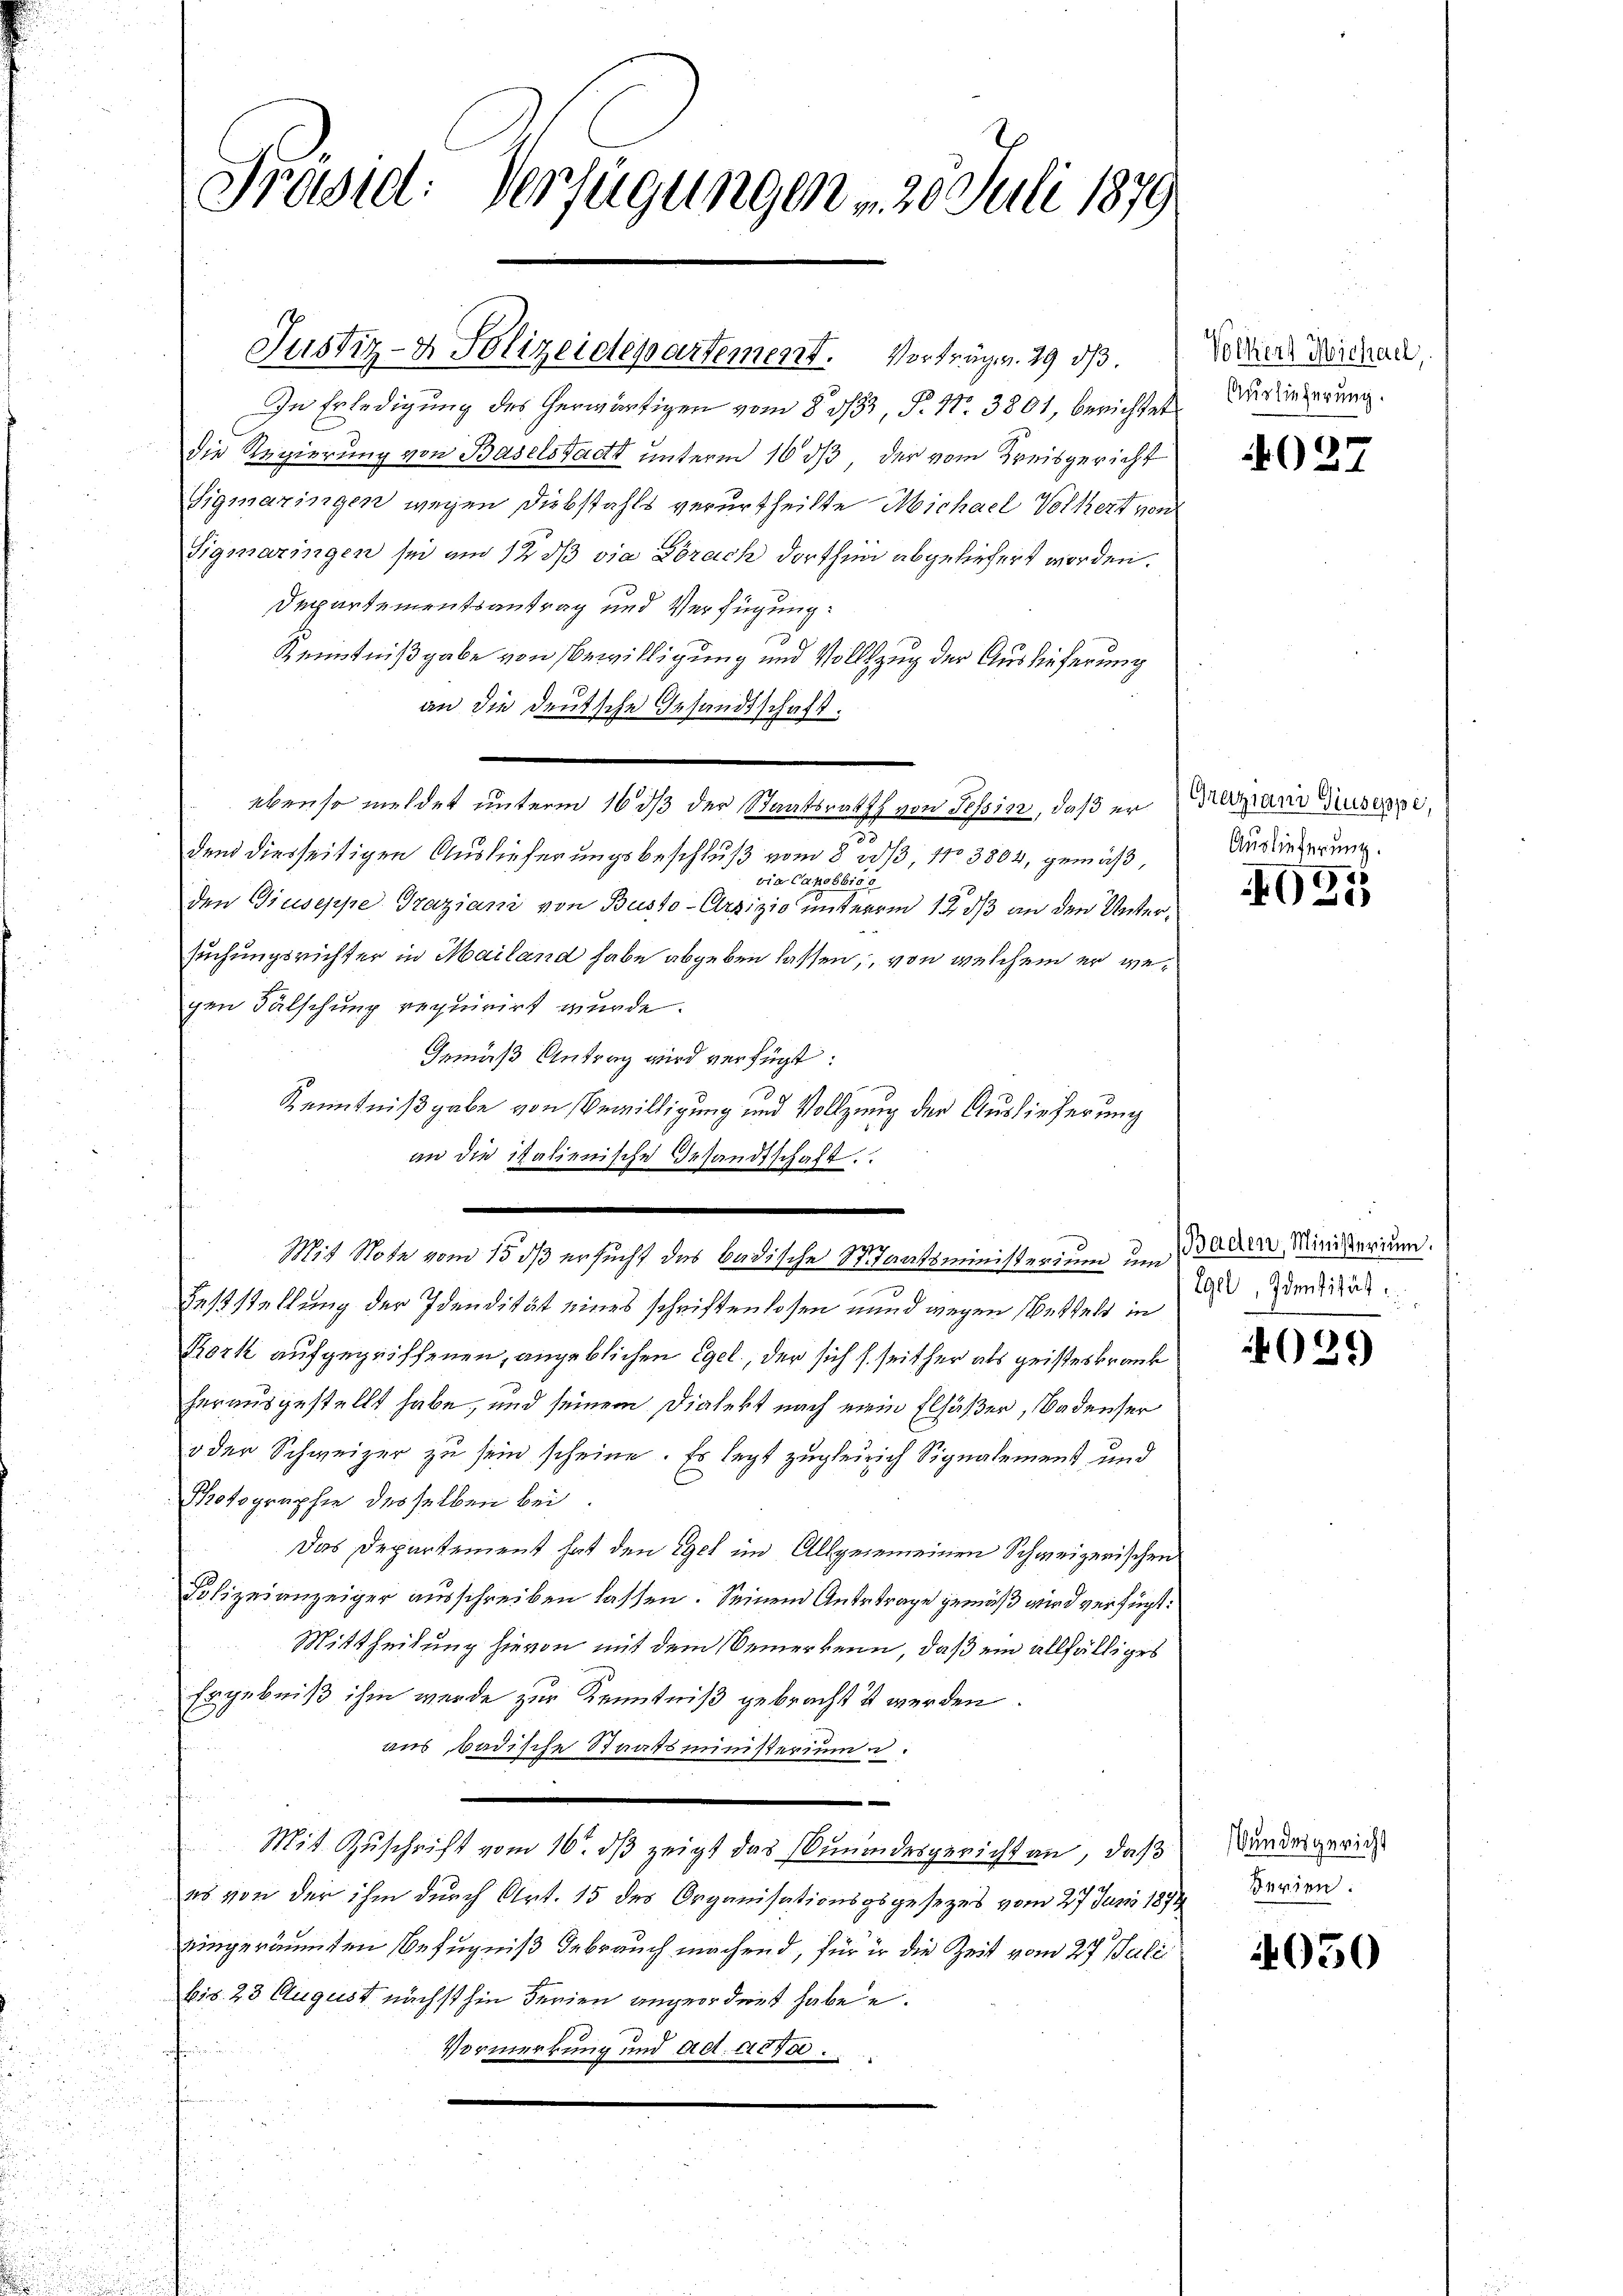
Präsid. Verfügungen . . 25. Juli 1879

Justiz- & Polizeidepartement. Vorträge. 29 d

In Erledigung des herwärtigen vom 8. 333, P. Nr. 3801, berichtet
die Regierung von Baselstadt unterm 10 dß der vom Kreisgericht
Sigmaringen wegen Diebstahls verurtheilte Michael Volkert von
Sigmaringen sei am 12 dß die Brach dorthin abgeliefert worden.
Departementsantrag und Verfügung:
Kenntnißgabe von Bewilligung und Vollzug der Auslieferung
an die deutsche Gesandtschaft.
ebenso meldet unterm 16 ds der Staatsrath von Tessin, daß er
55
den diesseitigen Auslieferungsbeschluß vom 8. 303, No 3802, gemäß,
via Canobbios
den Giuseppe Graziani von Busto-Urzizio unterm 12. ds an den Untersuchungsrichter in Mailand habe abgeben lassen, von welchem er gegen Fälschung requirirt wurde.
Gemäß Antrag wird verfügt:
Kenntnißgabe von Bewilligung und Vollzung der Auslieferung
an die italienische Gesandtschaft.
Mit Note vom 15. ds ersucht des badische Staatsministerium um Baarer Minitarium.
s
Feststellung der Idendität eines schriftenlosen und wegen Wettelt in
Kork aufgegriffenen, angeblichen Egel, der sich s. seither als geisteskrank
herausgestellt habe, und seinem Dialekt nach mein Elsäßer, Badenser
oder Schweizer zu sein scheine. Es legt zugleirich Signalement und
Photographie desselben bei
Das Departement hat den Egel im Allgemeinen Schweizerischen
Polizeianzeiger ausschreiben lassen. Seinem Anbetrage gemäß wird verfügt:
Mittheilung hievon mit dem Bemerkenn, daß ein allfälliges
Ergebniß ihm werde zur Kenntniß gebracht ist werden.
aus badische Staatsministerium u.
Mit Zuschrift vom 10. dβ zeigt das Emmendesgericht an, daß
es von der ihm durch Art. 15 des Organisationsgsgesezes vom 27. Juni 1891
eingeräumten Befugniß gebrauch machend, für ir die Zeit vom 27. Julii
bis 28 August nächsthin derien angeordnet habe u.
Bar
Vormerkung und ad acta.

Volkert Michael,
Auslieferung.

4027

Greziani Giuseppe,
Auslieferung.

021

Egel, Identität

029

Bundesgericht
Serien.

4050